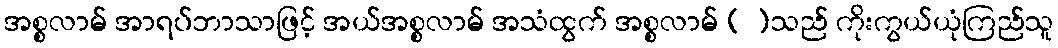
အစ္စလာမ် အာရပ်ဘာသာဖြင့် အယ်အစ္စလာမ် အသံထွက် အစ္စလာမ် [ ]သည် ကိုးကွယ်ယုံကြည်သူ